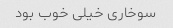
سوخاری خیلی خوب بود